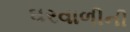
ઘરવાળીની